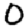
Digit: 0